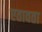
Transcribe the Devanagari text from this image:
एतावता